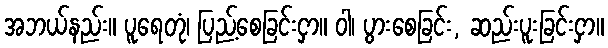
အဘယ်နည်း။ ပူရေတုံ၊ ပြည့်စေခြင်းငှာ။ ဝါ၊ ပွားစေခြင်း, ဆည်းပူးခြင်းငှာ။